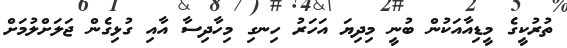
ތުރުކީގެ މީޑިއާއަކުން ބުނީ މިދިޔަ އަހަރު ހިނގި މިހާދިސާ އާއި ގުޅިގެން ޖަލަށްލުމަށް